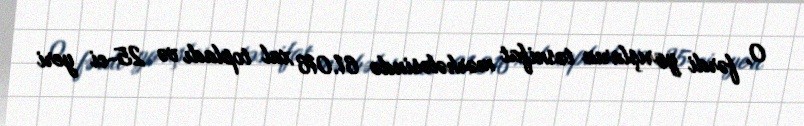
O, fərdi yarışların təsnifat mərhələsində 61.016 xal topladı və 25-ci yeri